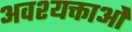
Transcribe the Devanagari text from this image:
अवश्यक्ताओं